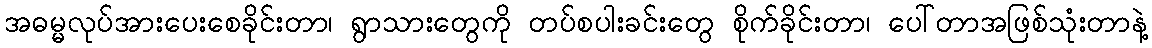
အဓမ္မလုပ်အားပေးစေခိုင်းတာ၊ ရွာသားတွေကို တပ်စပါးခင်းတွေ စိုက်ခိုင်းတာ၊ ပေါ်တာအဖြစ်သုံးတာနဲ့